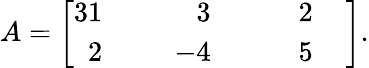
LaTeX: A=\left[{\begin{array}{rlrlrl}{{3}1}&{{}}&{3}&{{}}&{2}&{{}}\\ {2}&{{}}&{\; \; -4}&{{}}&{\; \; \; \; 5}&{{}}\end{array}}\, \right]{\mathrm{.}}